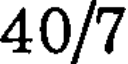
40/7